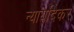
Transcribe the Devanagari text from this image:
न्यायदिकर